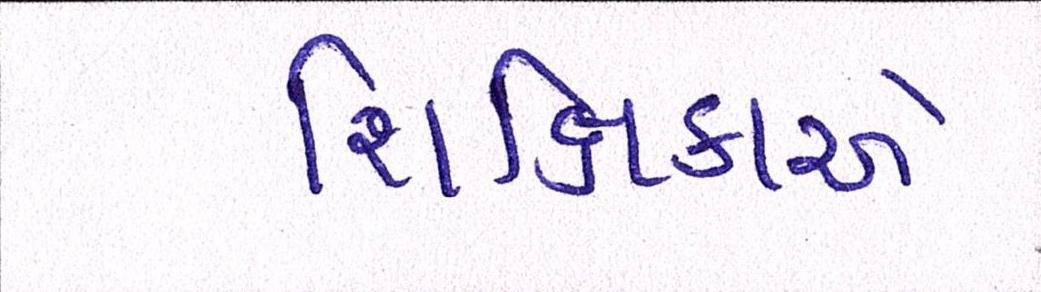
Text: શિક્ષિકાએ